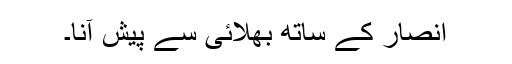
انصار کے ساتھ بھلائی سے پیش آنا۔